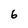
Character: 6